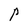
Character: P